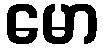
မော